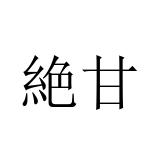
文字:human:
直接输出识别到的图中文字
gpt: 絶甘